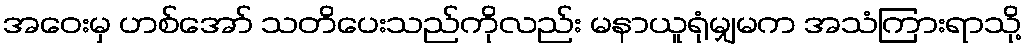
အဝေးမှ ဟစ်အော် သတိပေးသည်ကိုလည်း မနာယူရုံမျှမက အသံကြားရာသို့